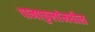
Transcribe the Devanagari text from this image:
पानाफुलांमधील